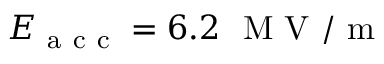
E _ { \mathrm { ~ a ~ c ~ c ~ } } = 6 . 2 \ \mathrm { ~ M ~ V ~ } / \mathrm { ~ m ~ }